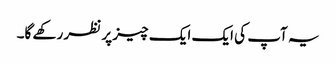
یہ آپ کی ایک ایک چیز پر نظر رکھے گا۔